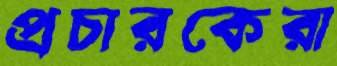
প্রচারকেরা